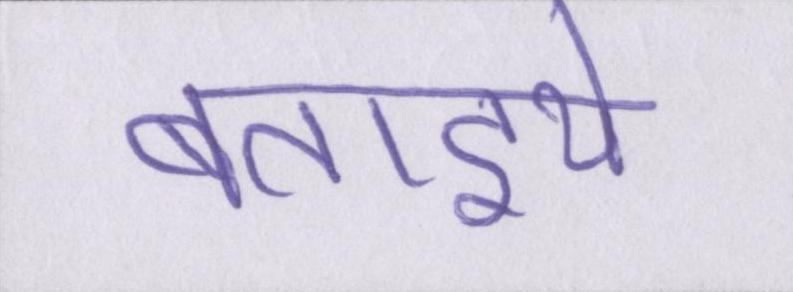
बताइये